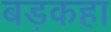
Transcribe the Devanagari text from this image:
बड़कहा